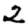
Digit: 2